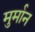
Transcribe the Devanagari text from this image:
मुर्मान